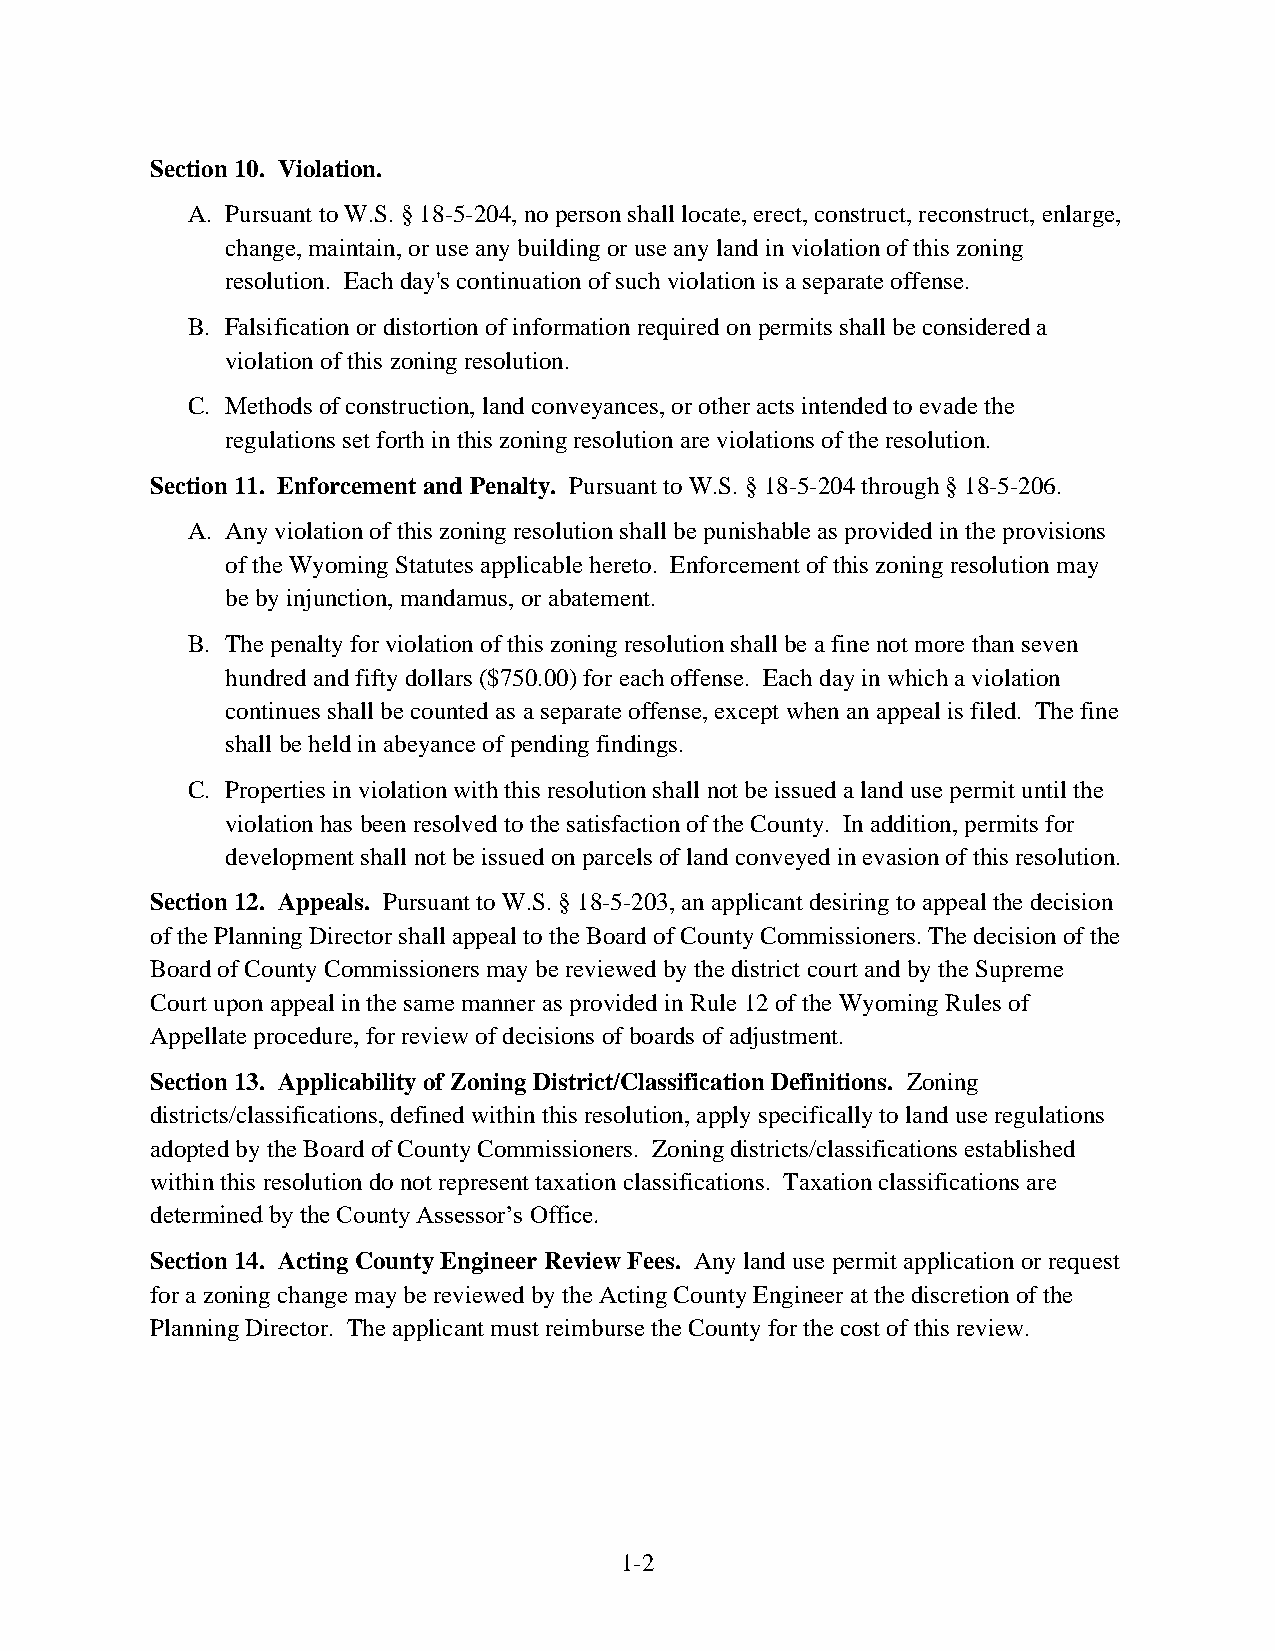
Section 10. Violation.
 A. Pursuant to W.S. § 18-5-204, no person shall locate, erect, construct, reconstruct, enlarge,
 change, maintain, or use any building or use any land in violation of this zoning
 resolution. Each day's continuation of such violation is a separate offense.
 B. Falsification or distortion of information required on permits shall be considered a
 violation of this zoning resolution.
 C. Methods of construction, land conveyances, or other acts intended to evade the
 regulations set forth in this zoning resolution are violations of the resolution.
 Section 11. Enforcement and Penalty. Pursuant to W.S. § 18-5-204 through § 18-5-206.
 A. Any violation of this zoning resolution shall be punishable as provided in the provisions
 of the Wyoming Statutes applicable hereto. Enforcement of this zoning resolution may
 be by injunction, mandamus, or abatement.
 B. The penalty for violation of this zoning resolution shall be a fine not more than seven
 hundred and fifty dollars ($750.00) for each offense. Each day in which a violation
 continues shall be counted as a separate offense, except when an appeal is filed. The fine
 shall be held in abeyance of pending findings.
 C. Properties in violation with this resolution shall not be issued a land use permit until the
 violation has been resolved to the satisfaction of the County. In addition, permits for
 development shall not be issued on parcels of land conveyed in evasion of this resolution.
 Section 12. Appeals. Pursuant to W.S. § 18-5-203, an applicant desiring to appeal the decision
 of the Planning Director shall appeal to the Board of County Commissioners. The decision of the
 Board of County Commissioners may be reviewed by the district court and by the Supreme
 Court upon appeal in the same manner as provided in Rule 12 of the Wyoming Rules of
 Appellate procedure, for review of decisions of boards of adjustment.
 Section 13. Applicability of Zoning District/Classification Definitions. Zoning
 districts/classifications, defined within this resolution, apply specifically to land use regulations
 adopted by the Board of County Commissioners. Zoning districts/classifications established
 within this resolution do not represent taxation classifications. Taxation classifications are
 determined by the County Assessor’s Office.
 Section 14. Acting County Engineer Review Fees. Any land use permit application or request
 for a zoning change may be reviewed by the Acting County Engineer at the discretion of the
 Planning Director. The applicant must reimburse the County for the cost of this review.
 1-2